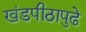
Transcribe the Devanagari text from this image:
खंडपीठापुढे